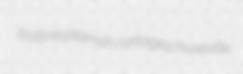
bottine plainish cartages Prineville